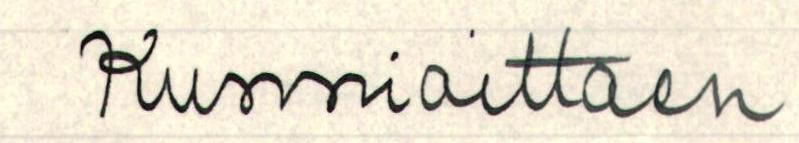
Kunnioitten